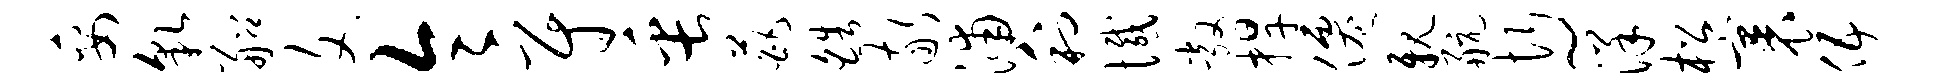
妥貌船文令尉缶葩皓敬浦利憾敞捍仙亲航忻~洋松裹伍